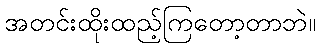
အတင်းထိုးထည့်ကြတော့တာဘဲ။